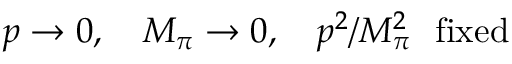
p \rightarrow 0 , ~ ~ ~ M _ { \pi } \rightarrow 0 , ~ ~ ~ p ^ { 2 } / M _ { \pi } ^ { 2 } ~ ~ \mathrm { f i x e d }